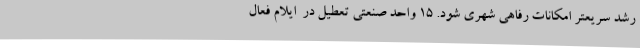
رشد سریعتر امکانات رفاهی شهری شود. 15 واحد صنعتی تعطیل در  ایلام فعال